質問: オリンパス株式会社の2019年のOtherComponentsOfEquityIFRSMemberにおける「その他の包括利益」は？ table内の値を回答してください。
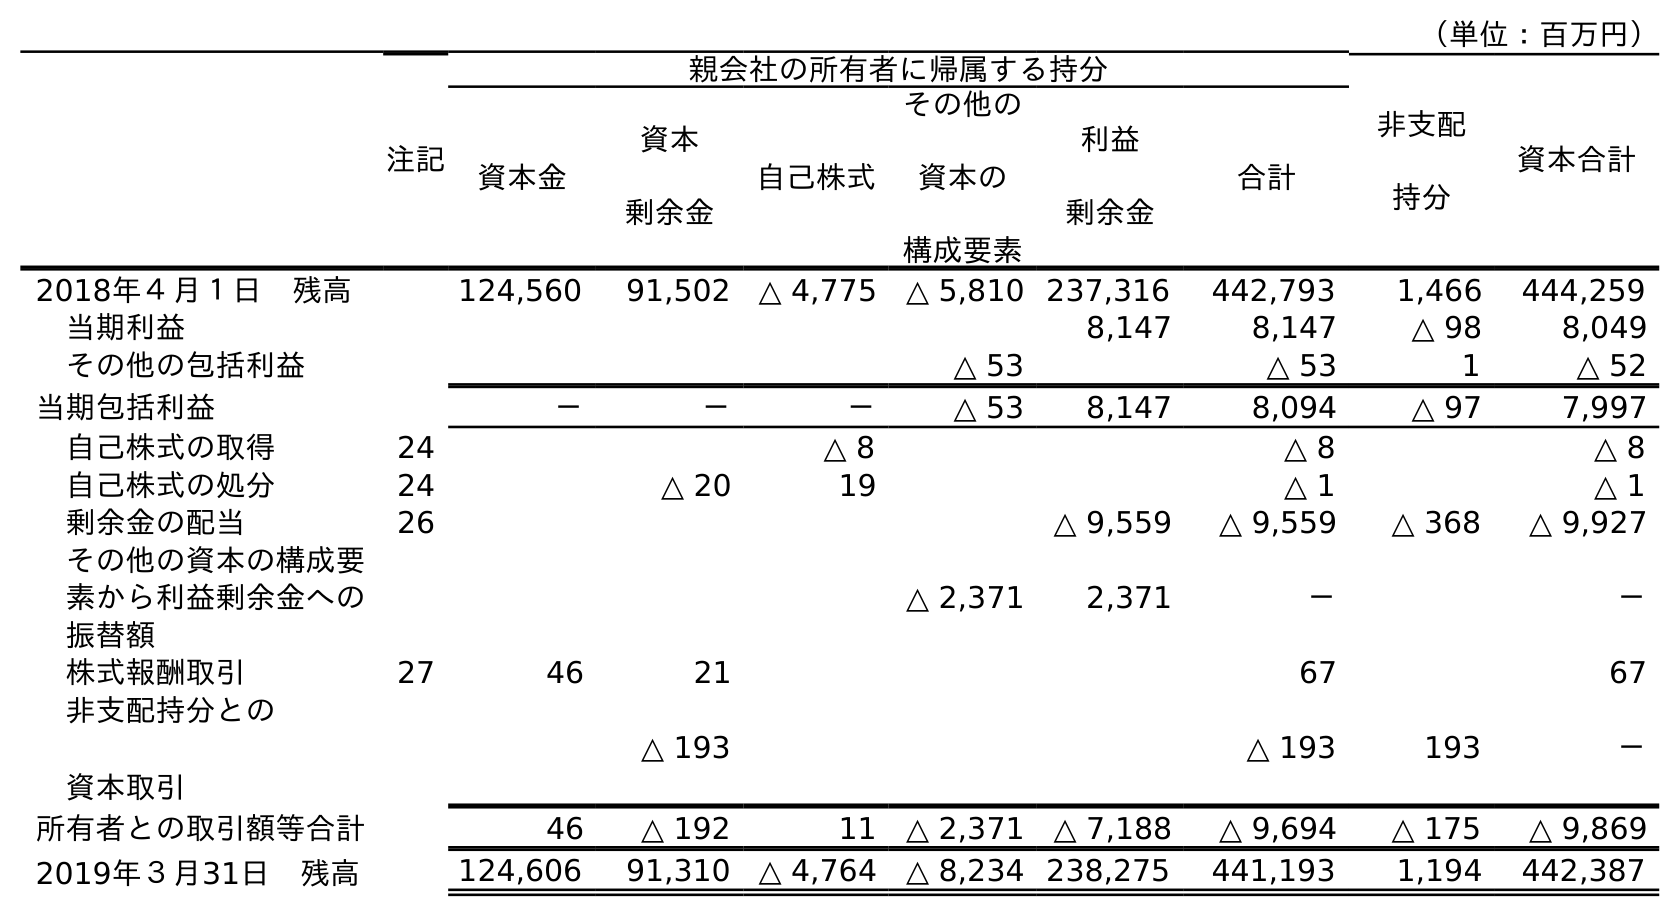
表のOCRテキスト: （単位：百万円） 注記 親会社の所有者に帰属する持分 非支配 持分 資本合計 資本金 資本 剰余金 自己株式 その他の 資本の 構成要素 利益 剰余金 合計 2018年４月１日 残高 124,560 91,502 △ 4,775 △ 5,810 237,316 442,793 1,466 444,259 当期利益 8,147 8,147 △ 98 8,049 その他の包括利益 △ 53 △ 53 1 △ 52 当期包括利益 － － － △ 53 8,147 8,094 △ 97 7,997 自己株式の取得 24 △ 8 △ 8 △ 8 自己株式の処分 24 △ 20 19 △ 1 △ 1 剰余金の配当 26 △ 9,559 △ 9,559 △ 368 △ 9,927 その他の資本の構成要 素から利益剰余金への 振替額 △ 2,371 2,371 － － 株式報酬取引 27 46 21 67 67 非支配持分との 資本取引 △ 193 △ 193 193 － 所有者との取引額等合計 46 △ 192 11 △ 2,371 △ 7,188 △ 9,694 △ 175 △ 9,869 2019年３月31日 残高 124,606 91,310 △ 4,764 △ 8,234 238,275 441,193 1,194 442,387
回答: △53